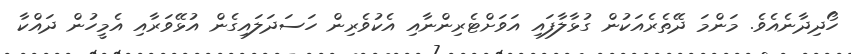
ހޯދިދާނެއެވެ. މަންމަ ދޭތެރެއަކުން ގުޅާލާފައި އަވަށްޓެރިންނާއި އެކުވެރިން ހަސަދަލައިގެން އުޅޭވަރާއި އެމީހުން ދައްކާ